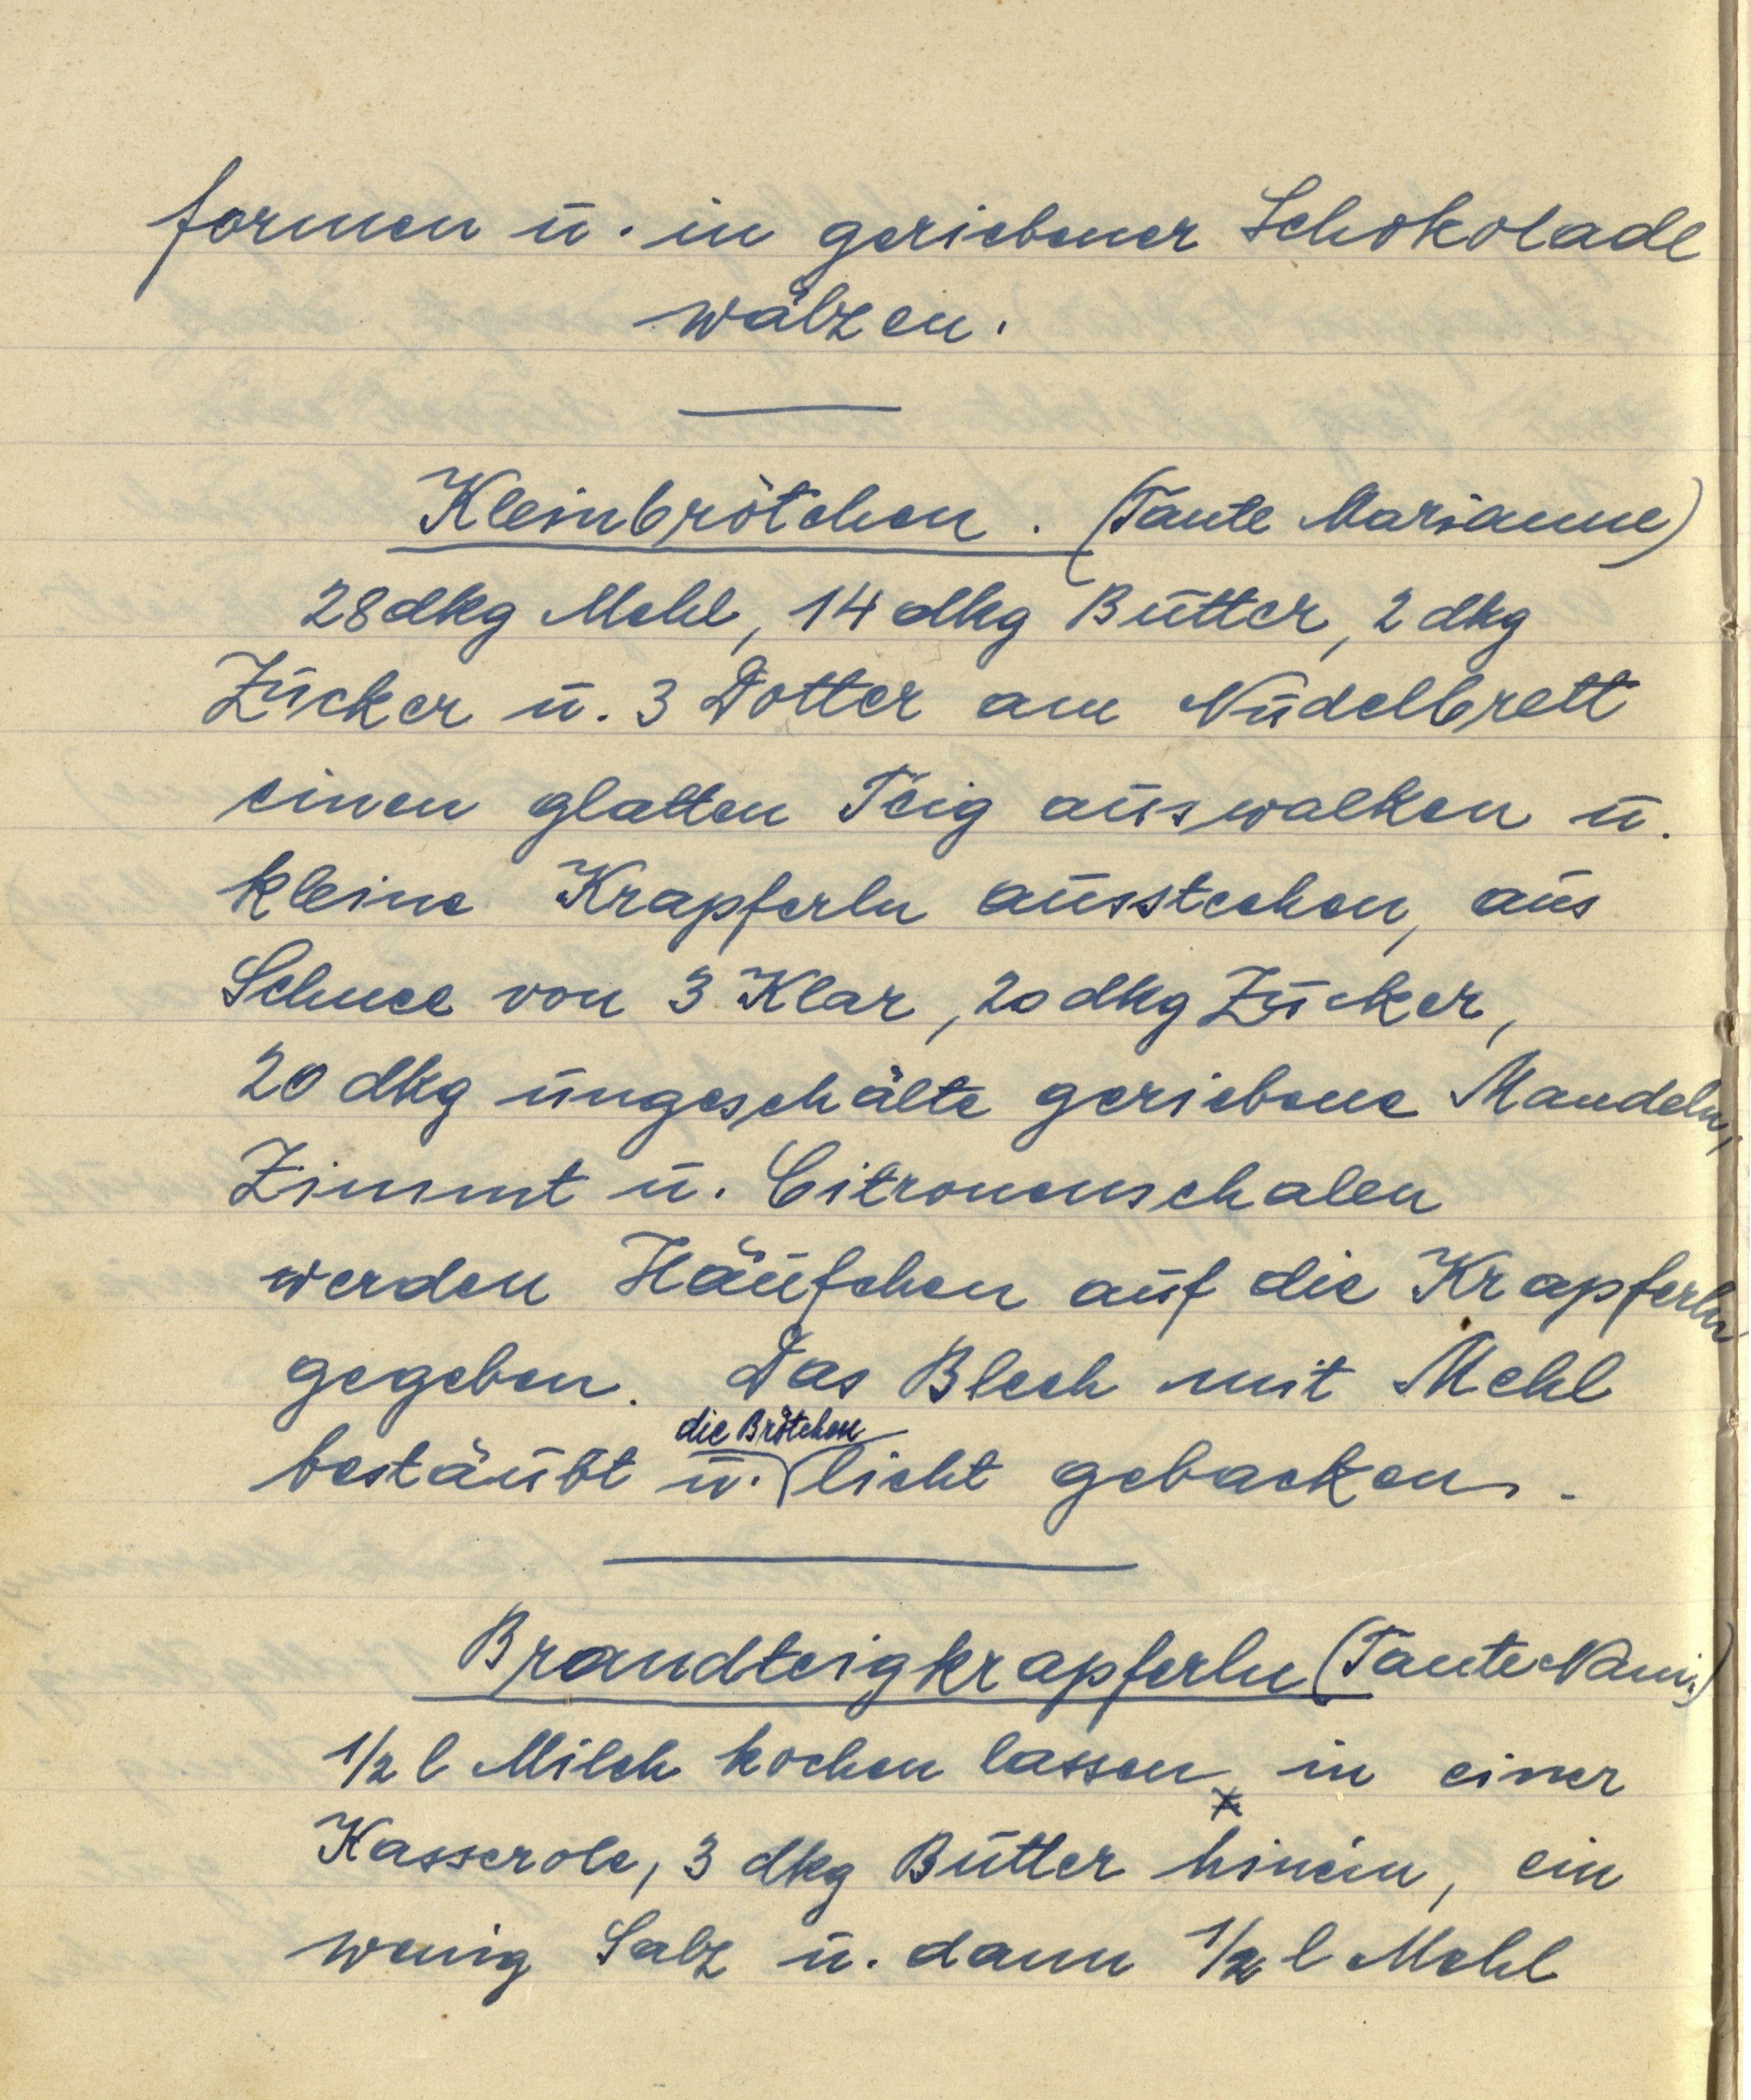
formen u. in geriebener Schokolade
wälzen.

Kleinbrötchen. (Tante Marianne)
28 dkg Mehl, 14 dkg Butter, 2 dkg
Zucker u. 3 Dotter am Nudelbrett
einen glatten Teig auswalken u.
kleine Krapferln ausstechen, aus
Schnee von 3 Klar, 20 dkg Zucker,
20 dkg ungeschälte geriebene Mandeln,
Zimmt u. Citronenschalen
werden Häufchen auf die Krapferln
gegeben. Das Blech mit Mehl
die Brötchen
bestäubt u. licht gebacken.

Brandteigkrapferln (Tante Nani.)
½ l Milch kochen lassen in einer
Kasserole, 3 dkg Butter hinein, ein
wenig Salz u. dann ½ l Mehl